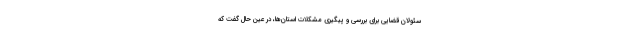
سئولان قضایی برای بررسی و پیگیری مشکلات استان‌ها، در عین حال گفت که